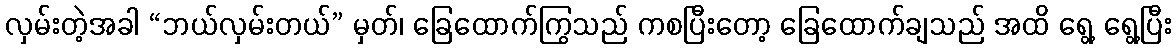
လှမ်းတဲ့အခါ “ဘယ်လှမ်းတယ်” မှတ်၊ ခြေထောက်ကြွသည် ကစပြီးတော့ ခြေထောက်ချသည် အထိ ရွေ့ ရွေ့ပြီး